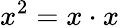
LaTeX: x^{2}=x\cdot x